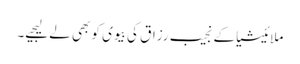
ملائیشیاکے نجیب رزاق کی بیوی کو بھی لے لیجیے۔